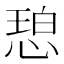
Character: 𫺠